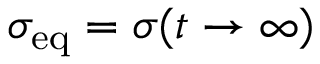
\sigma _ { \mathrm { e q } } = \sigma ( t \to \infty )